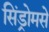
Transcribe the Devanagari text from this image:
सिंड्रोमसे